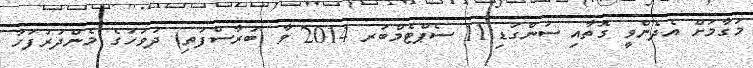
މަގާމަށް އެދެންވީ ގޮތާއި ސުންގަޑި:11 ސެޕްޓެމްބަރ 2014 ވާ (ބުރާސްފަތި) ދުވަހުގެ މެންދުރުފަހު